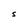
Character: S